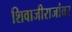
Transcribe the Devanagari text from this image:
शिवाजीराजांवर